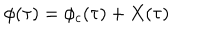
LaTeX: \phi ( \tau ) = \phi _ { c } ( \tau ) + X ( \tau )